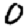
Digit: 0